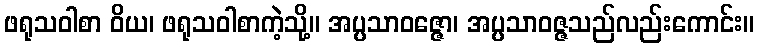
ဖရုသဝါစာ ဝိယ၊ ဖရုသဝါစာကဲ့သို့။ အပ္ပသာဝဇ္ဇော၊ အပ္ပသာဝဇ္ဇသည်လည်းကောင်း။